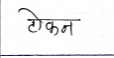
मजकूर: टोकन